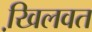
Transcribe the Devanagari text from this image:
खि़लवत